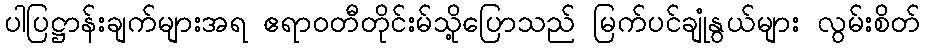
ပါပြဋ္ဌာန်းချက်များအရ ဧရာဝတီတိုင်းမ်သို့ပြောသည် မြက်ပင်ချုံနွယ်များ လွမ်းစိတ်